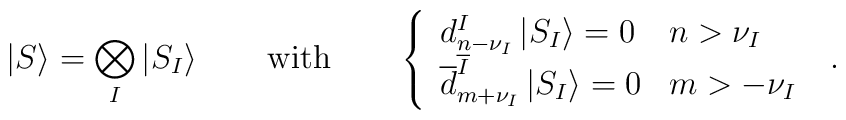
\left|S\right\rangle  =\bigotimes_{I}\left|S_{I}\right\rangle\qquad  \mbox{with} \qquad\left\{ \begin{array}{ll}  d^{I}_{n-\nu_{I}}\left|S_{I}\right\rangle=0& n>\nu_{I} \\  \overline{d}^{\overline{I}}_{m+\nu_{I}}        \left|S_{I}\right\rangle=0& m>-\nu_{I} \end{array}\right.~.